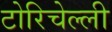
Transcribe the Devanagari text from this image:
टोरिचेल्ली